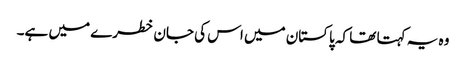
وہ یہ کہتا تھا کہ پاکستان میں اس کی جان خطرے میں ہے۔